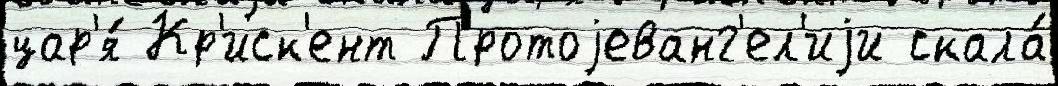
цар'я́ Кр'иск'ент Протоjеванг'ел'иjи скала́